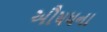
અૌષધના